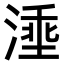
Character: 𣺡